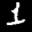
Label: 1